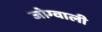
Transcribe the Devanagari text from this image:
जोग्वाली